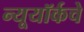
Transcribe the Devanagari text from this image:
न्यूयॉर्कचे